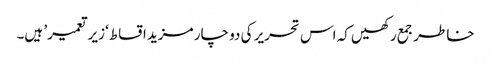
خاطر جمع رکھیں کہ اس تحریر کی دو چار مزید اقساط ‘زیر تعمیر’ ہیں۔